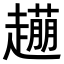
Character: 𧽹